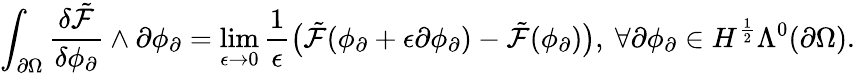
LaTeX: \int_{\partial\Omega}\frac{\delta\tilde{\mathcal{F}}}{\delta\phi_{\partial}}\wedge\partial\phi_{\partial}=\operatorname*{lim}_{\epsilon\to 0}\frac{1}{\epsilon}\big(\tilde{\mathcal{F}}(\phi_{\partial}+\epsilon\partial\phi_{\partial})-\tilde{\mathcal{F}}(\phi_{\partial})\big),\ \forall\partial\phi_{\partial}\in H^{\frac{1}{2}}\Lambda^{0}(\partial\Omega).